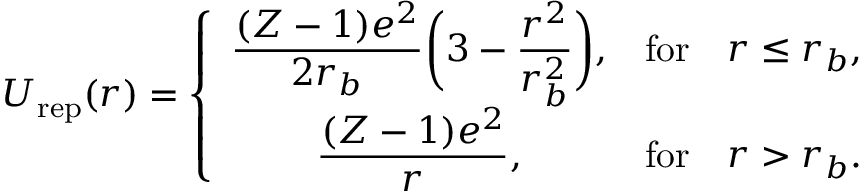
U _ { \mathrm { r e p } } ( r ) = \left\{ \begin{array} { c c c } { \displaystyle \frac { ( Z - 1 ) e ^ { 2 } } { 2 r _ { b } } \bigg ( 3 - \frac { r ^ { 2 } } { r _ { b } ^ { 2 } } \bigg ) , } & { \mathrm { f o r } } & { r \leq r _ { b } , } \\ { \displaystyle \frac { ( Z - 1 ) e ^ { 2 } } { r } , } & { \mathrm { f o r } } & { r > r _ { b } . } \end{array} \right.